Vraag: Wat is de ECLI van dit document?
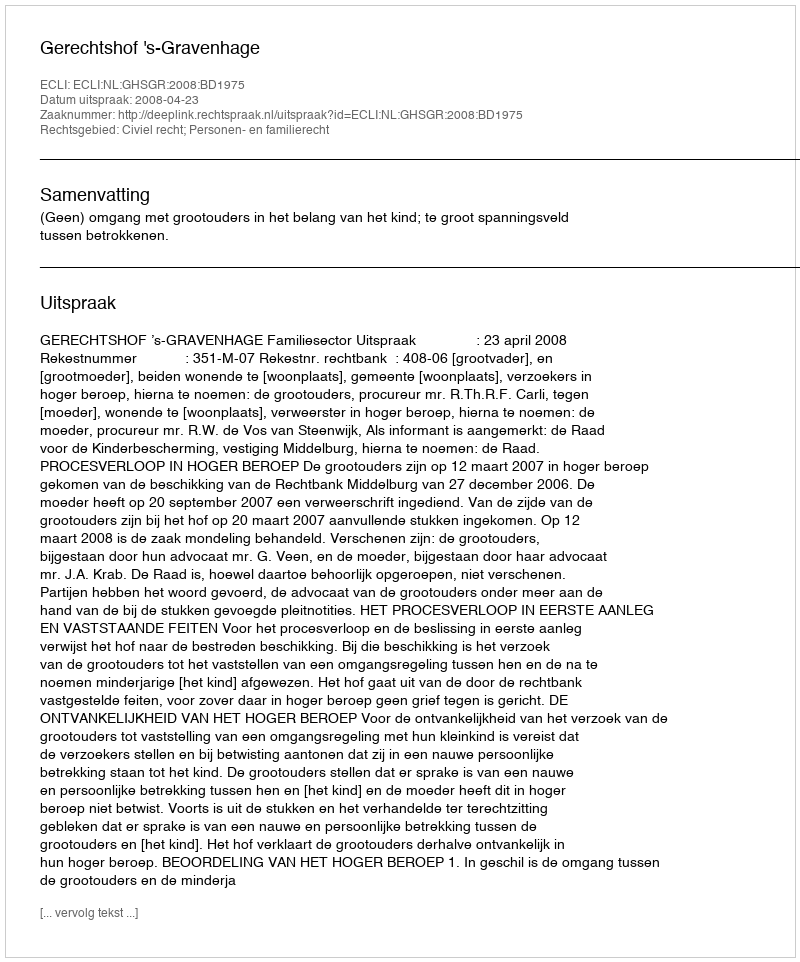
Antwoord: ECLI:NL:GHSGR:2008:BD1975